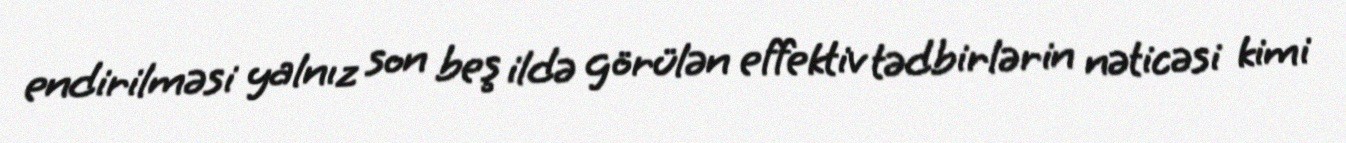
endirilməsi yalnız son beş ildə görülən effektiv tədbirlərin nəticəsi kimi